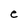
Character: e